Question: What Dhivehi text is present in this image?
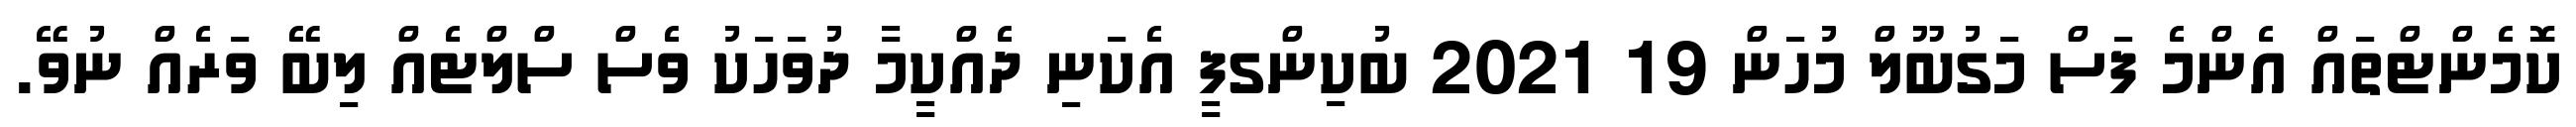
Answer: ކޮމެންޓްތައް އެންމެ ފަސް މަގުބޫލް މުހަން 19 2021 ބުކިންގފީ އެކަނި ދެއްކީމާ ދުވަހަކު ވެސް ސްލްޓެއް ލިބޭ ވަރެއް ނުވޭ.